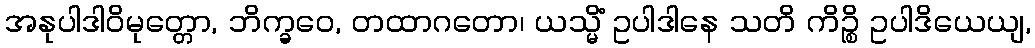
အနုပါဒါဝိမုတ္တော, ဘိက္ခဝေ, တထာဂတော၊ ယသ္မိံ ဥပါဒါနေ သတိ ကိဉ္စိ ဥပါဒိယေယျ,